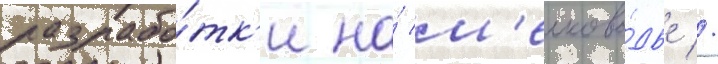
разрабо́тк'и на́ м'елково́дье //